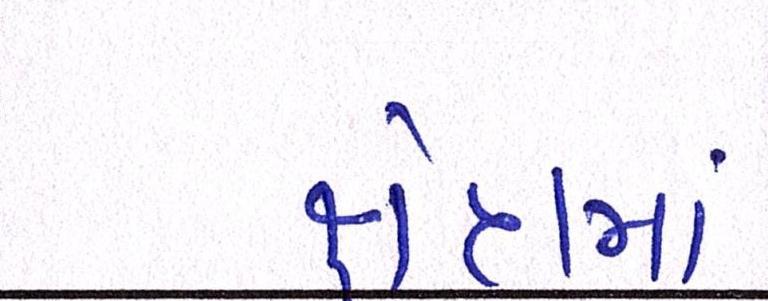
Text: ક્ષેત્રમાં